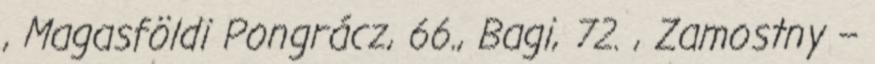
, Magasföldi Pongrácz, 66., Bagi, 72. , Zamostny –